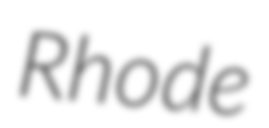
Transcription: Rhode